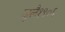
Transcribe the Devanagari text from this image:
जुलै१९०६